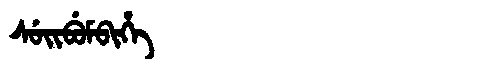
Manchu: ᠰᡠᡳᠪᡠᠮᠪᡳᡥᡝ
Romanization: SUIBUMBIHE